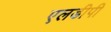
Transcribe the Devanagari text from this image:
एलडीपी